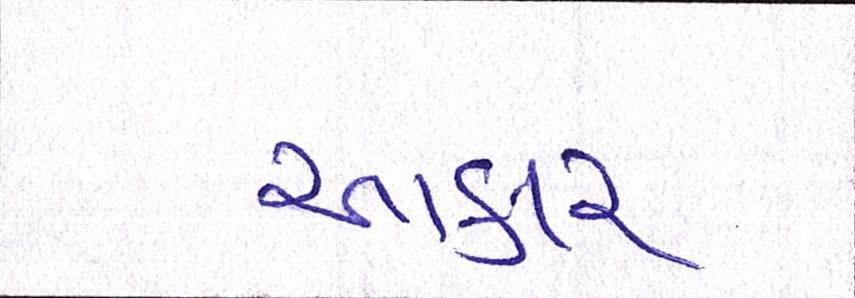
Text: આકાર